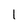
Character: I